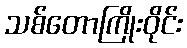
သစ်တောကြိုးဝိုင်း